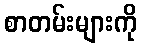
စာတမ်းများကို